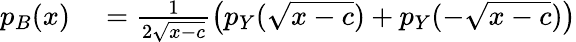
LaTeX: \begin{array}{rl}{p_{B}(x)}&{{}=\frac{1}{2\sqrt{x-c}}\left(p_{Y}(\sqrt{x-c})+p_{Y}(-\sqrt{x-c})\right)}\end{array}